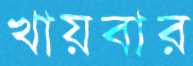
খায়বার